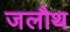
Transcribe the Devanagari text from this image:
जलौथ